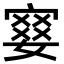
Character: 𡪋